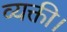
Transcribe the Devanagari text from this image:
व्यक्ती।